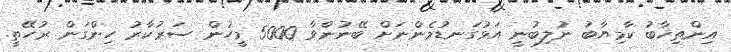
އިންތިޚާބު ކާމިޔާބު ނުލިބުނީ އަޅުގަނޑުމެންނަށް ބޭނުންވާ 5000 މީހުން ސަރުކާރު ހިންގަން ރުހޭތީ.